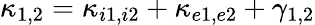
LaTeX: \kappa_{1,2}=\kappa_{i1,i2}+\kappa_{e1,e2}+\gamma_{1,2}